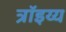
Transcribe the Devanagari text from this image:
त्रॉइय्य